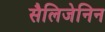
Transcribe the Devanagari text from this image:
सैलिजेनिन